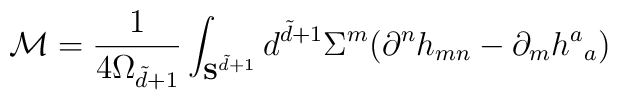
\mathcal{M}=\frac{1}{4\Omega_{\tilde{d}+1}}\int_{ {\bf S}^{\tilde{d}+1}}  d^{\tilde{d}+1}\Sigma^m(\partial^n h_{mn} - \partial_m h^a{}_a)